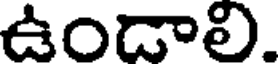
ఉందాలి.